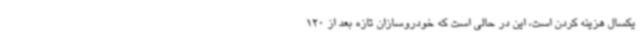
یکسال هزینه کردن است، این در حالی است که خودروسازان تازه بعد از 120